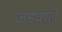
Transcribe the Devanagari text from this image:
जड़वाले